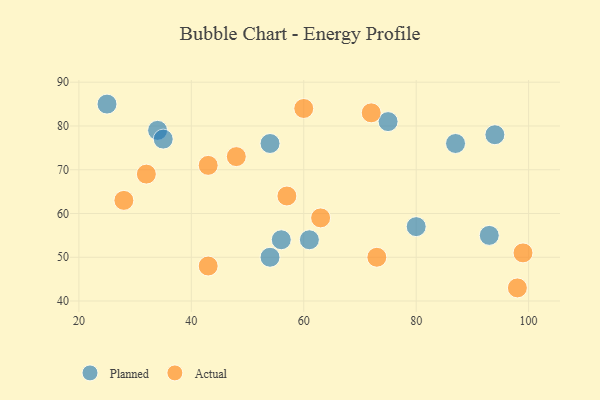
{"axis": {"x": "GDP", "y": "Life Expectancy"}, "legend": ["Actual", "Planned"], "data": [{"x": "93", "y": 55, "type": "Planned"}, {"x": "25", "y": 85, "type": "Planned"}, {"x": "87", "y": 76, "type": "Planned"}, {"x": "34", "y": 79, "type": "Planned"}, {"x": "56", "y": 54, "type": "Planned"}, {"x": "80", "y": 57, "type": "Planned"}, {"x": "94", "y": 78, "type": "Planned"}, {"x": "54", "y": 76, "type": "Planned"}, {"x": "61", "y": 54, "type": "Planned"}, {"x": "35", "y": 77, "type": "Planned"}, {"x": "75", "y": 81, "type": "Planned"}, {"x": "54", "y": 50, "type": "Planned"}, {"x": "48", "y": 73, "type": "Actual"}, {"x": "98", "y": 43, "type": "Actual"}, {"x": "73", "y": 50, "type": "Actual"}, {"x": "99", "y": 51, "type": "Actual"}, {"x": "63", "y": 59, "type": "Actual"}, {"x": "43", "y": 71, "type": "Actual"}, {"x": "28", "y": 63, "type": "Actual"}, {"x": "72", "y": 83, "type": "Actual"}, {"x": "60", "y": 84, "type": "Actual"}, {"x": "43", "y": 48, "type": "Actual"}, {"x": "32", "y": 69, "type": "Actual"}, {"x": "57", "y": 64, "type": "Actual"}]}